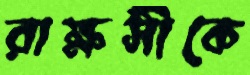
রাক্ষসীকে